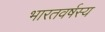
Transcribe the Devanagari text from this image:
भारतवर्षस्य